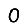
Digit: 0